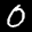
Label: 0